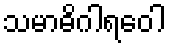
သမာဓိဂါရဝေါ